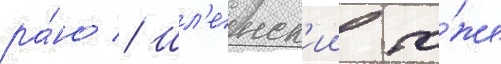
ра́но // Шл'енск'ии то́же